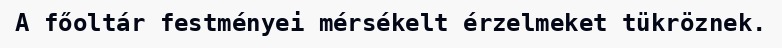
A főoltár festményei mérsékelt érzelmeket tükröznek.